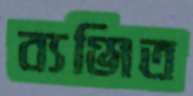
ব্যঞ্জিত